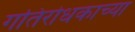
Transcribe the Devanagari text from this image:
गतिरोधकाच्या